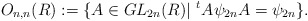
\begin{align*}O_{n,n}(R) := \{ A \in GL_{2n}(R) | \,\, ^{t}A\psi_{2n}A = \psi_{2n} \}.\end{align*}